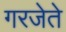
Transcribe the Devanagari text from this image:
गरजेते